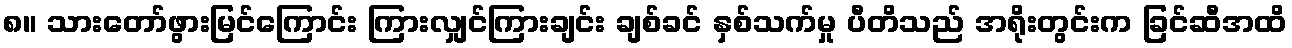
၈။ သားတော်ဖွားမြင်ကြောင်း ကြားလျှင်ကြားချင်း ချစ်ခင် နှစ်သက်မှု ပီတိသည် အရိုးတွင်းက ခြင်ဆီအထိ